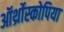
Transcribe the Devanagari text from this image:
ऑर्थ्रोस्कोपिया